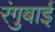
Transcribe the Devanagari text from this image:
रंगुबाई